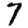
Digit: 7